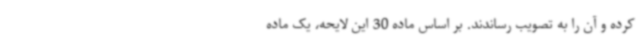
کرده و آن را به تصویب رساندند. بر اساس ماده 30 این لایحه، یک ماده